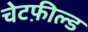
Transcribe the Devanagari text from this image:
चेटफ़ील्ड